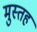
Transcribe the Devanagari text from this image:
मुस्तह